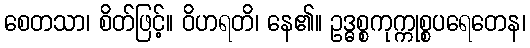
စေတသာ၊ စိတ်ဖြင့်။ ဝိဟရတိ၊ နေ၏။ ဥဒ္ဓစ္စကုက္ကုစ္စပရေတေန၊